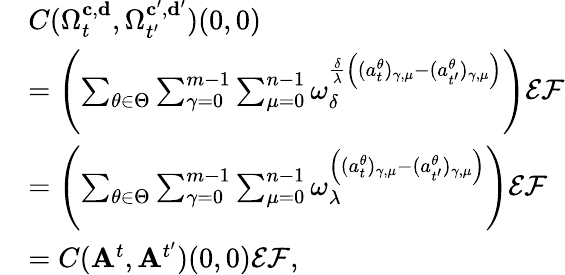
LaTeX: \begin{array}{rl}&{C(\Omega_{t}^{\mathbf{c},\mathbf{d}},\Omega_{t^{\prime}}^{\mathbf{c}^{\prime},\mathbf{d}^{\prime}})(0,0)}\\ &{=\left(\sum_{\theta\in\Theta}\sum_{\gamma=0}^{m-1}\sum_{\mu=0}^{n-1}\omega_{\delta}^{\frac{\delta}{\lambda}\left((a_{t}^{\theta})_{\gamma,\mu}-(a_{t^{\prime}}^{\theta})_{\gamma,\mu}\right)}\right)\mathcal{E}\mathcal{F}}\\ &{=\left(\sum_{\theta\in\Theta}\sum_{\gamma=0}^{m-1}\sum_{\mu=0}^{n-1}\omega_{\lambda}^{\left((a_{t}^{\theta})_{\gamma,\mu}-(a_{t^{\prime}}^{\theta})_{\gamma,\mu}\right)}\right)\mathcal{E}\mathcal{F}}\\ &{=C(\mathbf{A}^{t},\mathbf{A}^{t^{\prime}})(0,0)\mathcal{E}\mathcal{F},}\end{array}